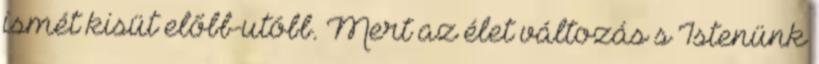
ismét kisüt előbb-utóbb. Mert az élet változás s Istenünk